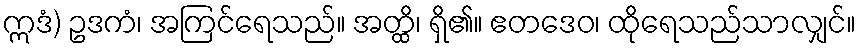
ဣဒံ) ဥဒကံ၊ အကြင်ရေသည်။ အတ္ထိ၊ ရှိ၏။ ဧတဒေဝ၊ ထိုရေသည်သာလျှင်။